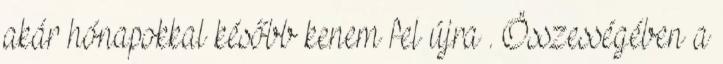
akár hónapokkal később kenem fel újra . Összességében a